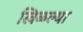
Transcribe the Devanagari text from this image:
खिळल्या